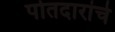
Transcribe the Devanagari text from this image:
पोतदारांचे